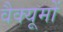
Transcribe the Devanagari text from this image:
वैक्यूमों